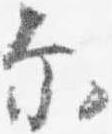
示